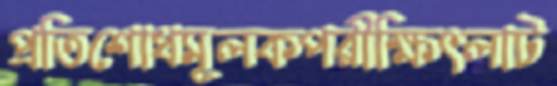
প্রতিশোধমূলকপরীক্ষিৎলাট